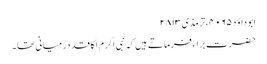
ابو داؤد ۴۰۶۵، ترمذی ۲۸۱۳
حضرت براء فرماتے ہیں کہ نبی اکرم ا کا قد درمیانی تھا۔